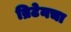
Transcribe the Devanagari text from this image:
ब्रिटेनचा